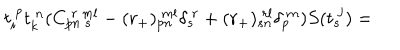
t _ { i } ^ { ~ p } t _ { k } ^ { ~ n } ( C _ { p n ~ s } ^ { ~ r ~ m l } - ( r _ { + } ) _ { p n } ^ { ~ m l } \delta _ { s } ^ { ~ r } + ( r _ { + } ) _ { s n } ^ { ~ r l } \delta _ { p } ^ { ~ m } ) S ( t _ { s } ^ { ~ j } ) =